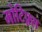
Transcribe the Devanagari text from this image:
मोटिफ़्स